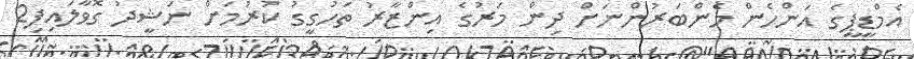
އެމްޑީޕީގެ އަންހެން މެންބަރުންނަށް ދިން މަރުގެ އިންޒާރު ތަހުގީގު ކުރުމަށް ނަޝީދު ގޮވާލައިފި2